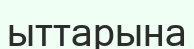
ыттарына